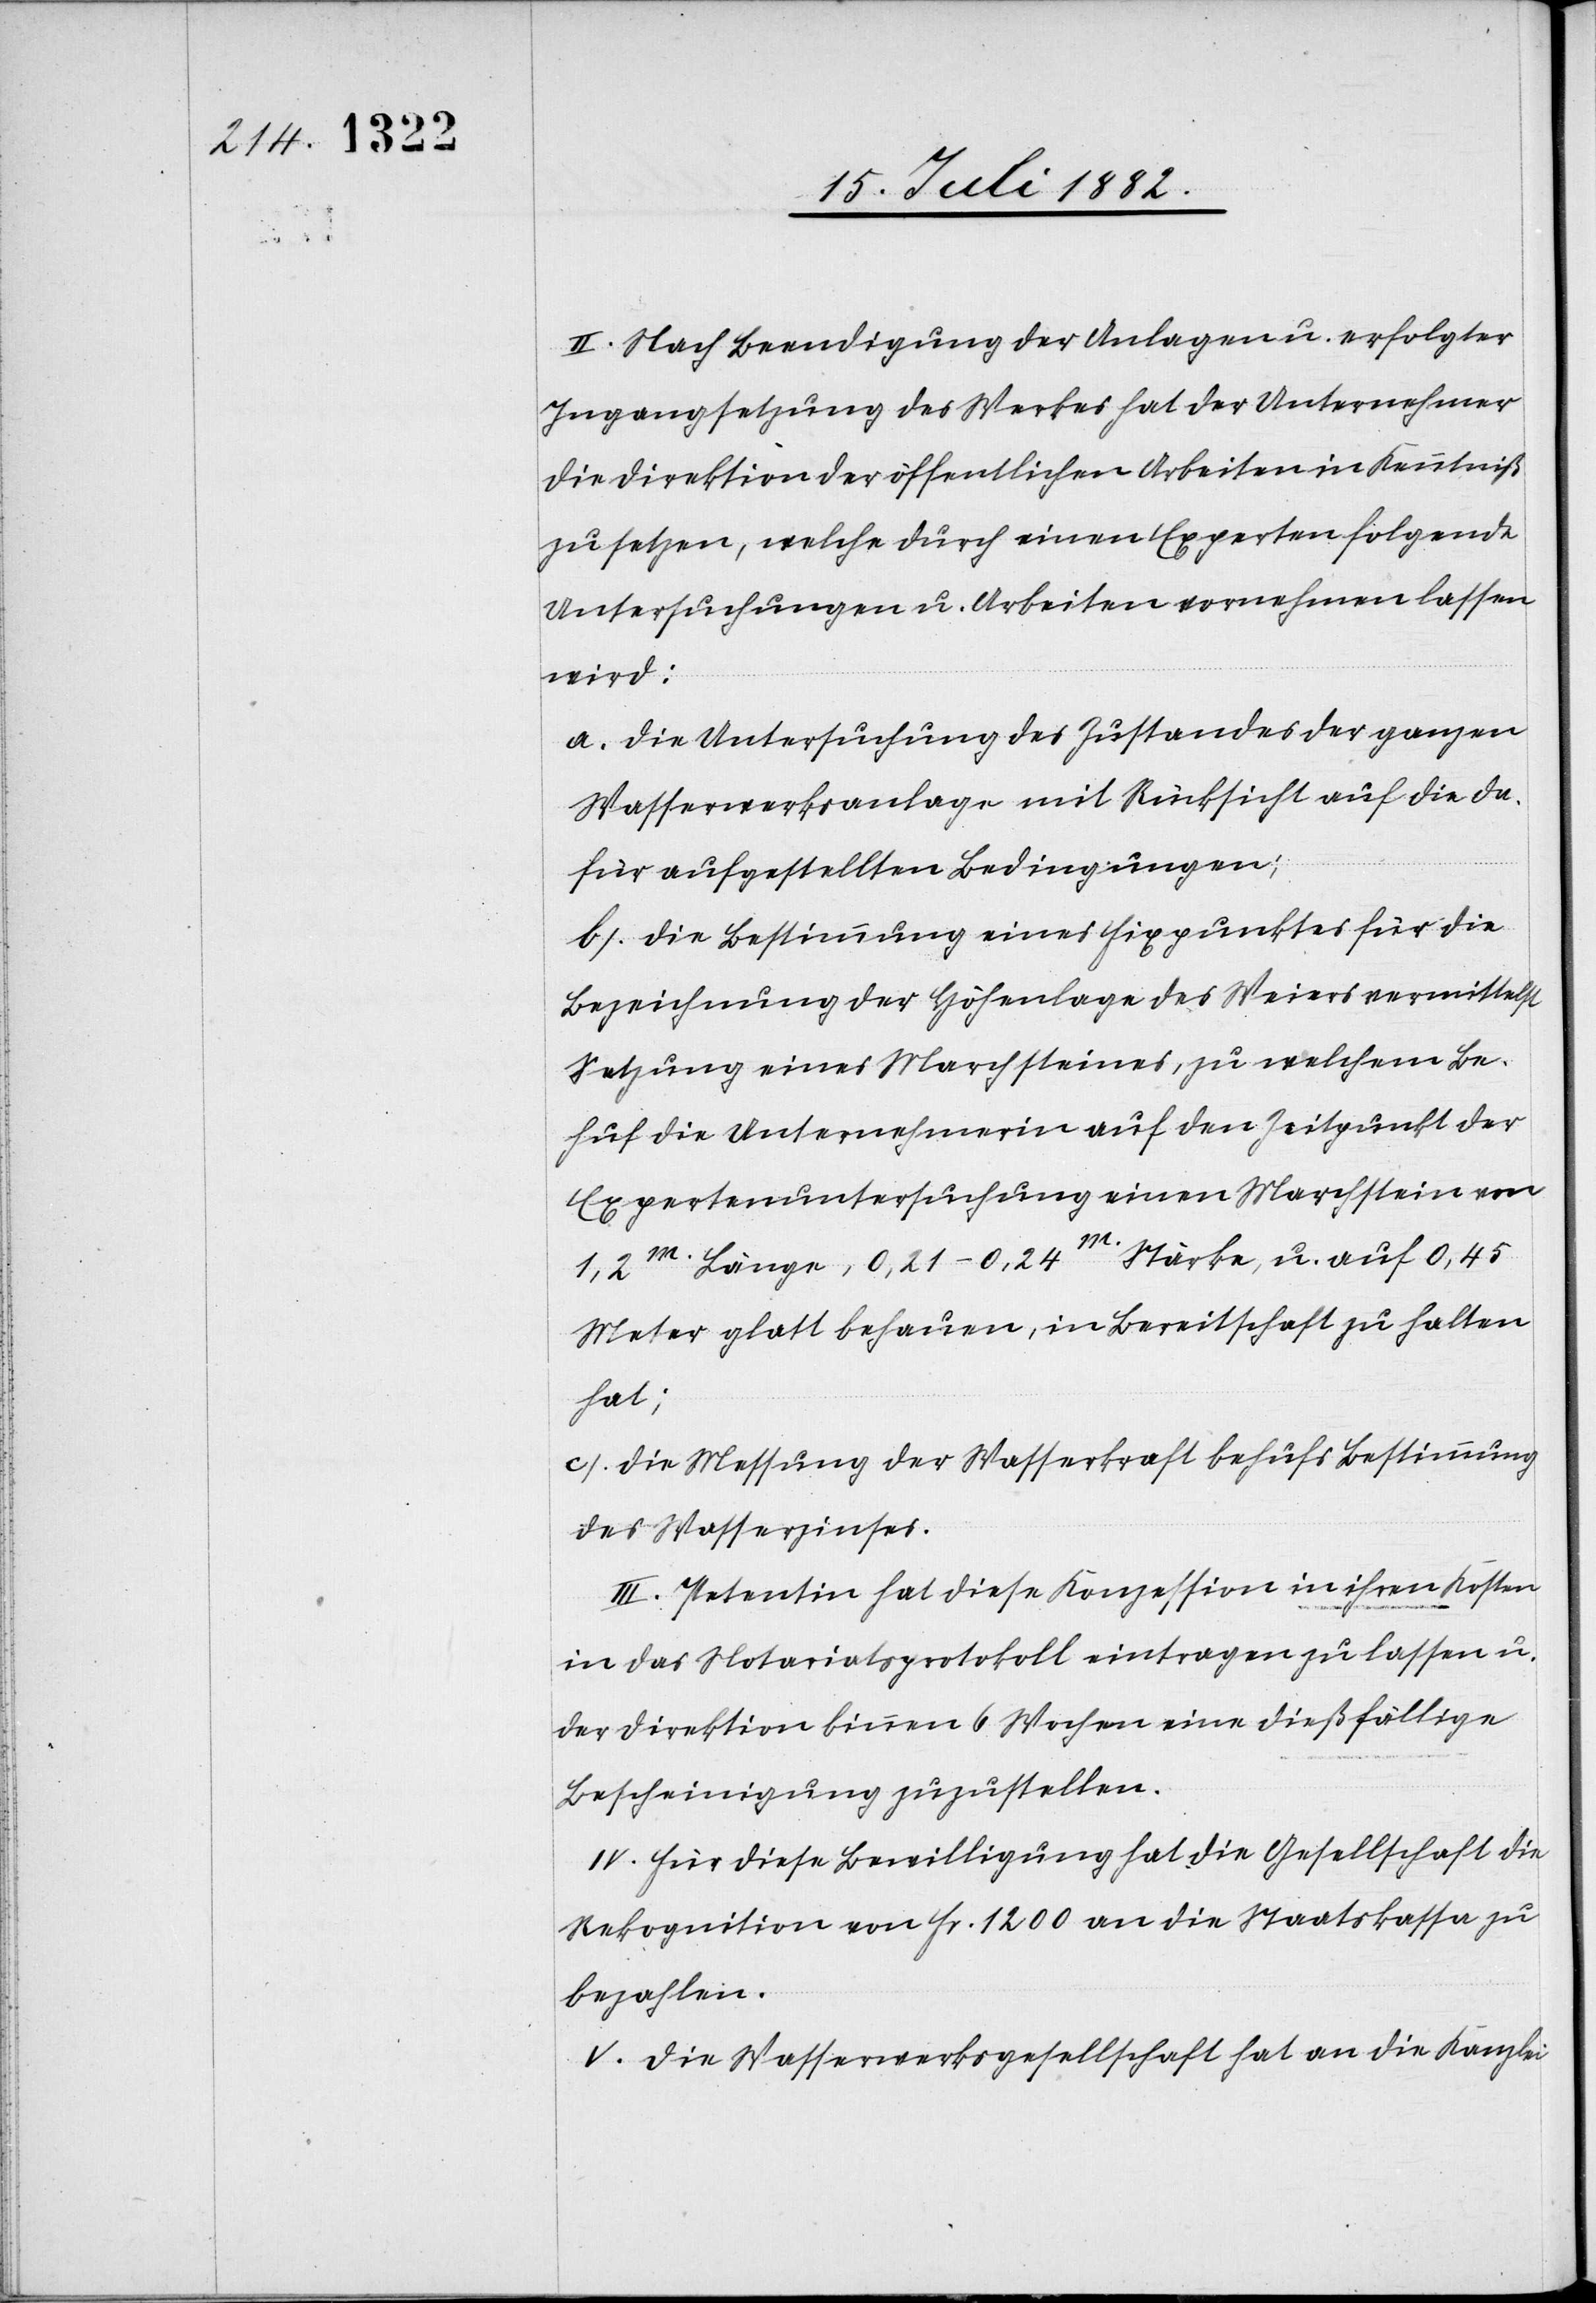
II. Nach Beendigung der Anlagen u. erfolgter
Ingangsetzung des Werkes hat der Unternehmer
die Direktion der öffentlichen Arbeiten in Kenntniß
zu setzen, welche durch einen Experten folgende
Untersuchungen u. Arbeiten vornehmen lassen
wird:
a. Die Untersuchung des Zustandes der ganzen
Wasserwerksanlage mit Rücksicht auf die da¬
für aufgestellten Bedingungen;
b. Die Bestimmung eines Fixpunktes für die
Bezeichnung der Höhenlage des Weiers vermittelst
Setzung eines Marchsteines, zu welchem Be¬
huf die Unternehmerin auf den Zeitpunkt der
Expertenuntersuchung einen Marchstein von
1,2m Länge, 0,21–0,24m Stärke, u. auf 0,45
Meter glatt behauen, in Bereitschaft zu halten
hat;
c. Die Messung der Wasserkraft behufs Bestimmung
des Wasserzinses.
III. Petentin hat diese Konzession in ihren Kosten
in das Notariatsprotokoll eintragen zu lassen u.
der Direktion binnen 6 Wochen eine dießfällige
Bescheinigung zuzustellen.
IV. Für diese Bewilligung hat die Gesellschaft die
Rekognition von Fr. 1200 an die Staatskassa zu
bezahlen.
V. Die Wasserwerksgesellschaft hat an die Kanzlei